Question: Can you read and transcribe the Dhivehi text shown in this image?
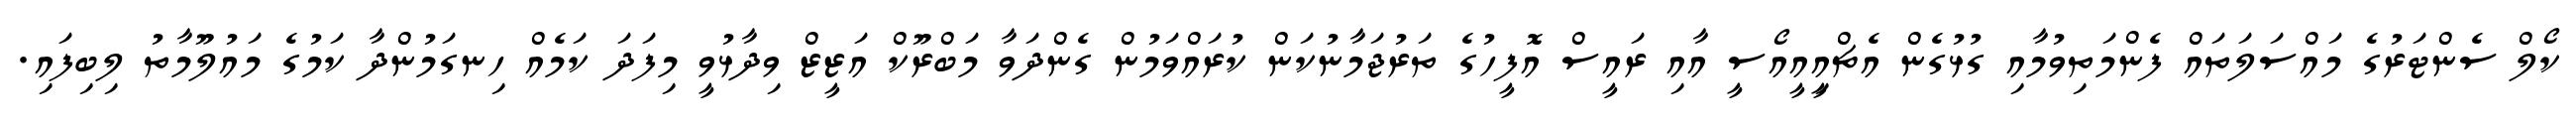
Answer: ކޯލް ސެންޓަރުގެ މައްސަލަތައް ފެންމަތިވުމާއި ގުޅުގެން އެޗްއިީއީއޯސީ އާއި ރައީސް އޮފީހުގެ ތަރުޖަމާނުކަން ކުރައްވަމުން ގެންދަވާ މަބްރޫކް އަޒީޒް ވިދާޅުވީ މިފަދަ ކަމެއް ހިނގަމުންދާ ކަމުގެ މައުލޫމާތު ލިބިފައި.